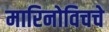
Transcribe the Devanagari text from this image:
मारिनोविचचे